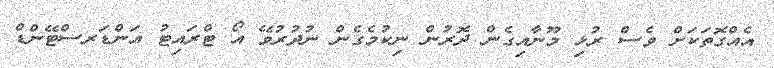
އެއްގޮތަކަށް ވެސް ރުޅި މޫނާއިގެން ދޮރުން ނިކުމެގެން ނުދުރުވޭ އޯ ޓްރައިޓު އަންޑަރސްޓޭންޑް